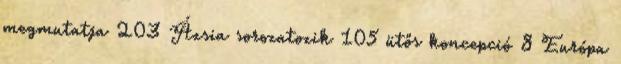
megmutatja 203 Ázsia sorozatozik 105 ütős koncepció 8 Európa